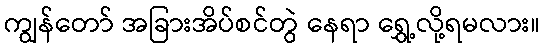
ကျွန်တော် အခြားအိပ်စင်တွဲ နေရာ ရွှေ့လို့ရမလား။